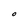
Character: O